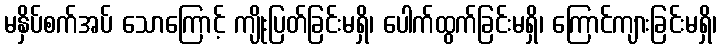
မနှိပ်စက်အပ် သောကြောင့် ကျိုးပြတ်ခြင်းမရှိ၊ ပေါက်ထွက်ခြင်းမရှိ၊ ကြောင်ကျားခြင်းမရှိ၊